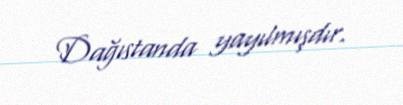
Dağıstanda yayılmışdır.